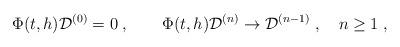
LaTeX: \begin{align*}\Phi (t,h){\cal D}^{(0)} = 0 \; , \qquad\Phi (t,h){\cal D}^{(n)} \rightarrow {\cal D}^{(n-1)} \; ,\quad n \geq 1 \; , \end{align*}